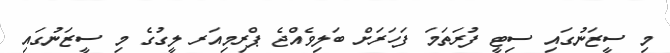
މި ސީޒަނުގައި ސިޓީ ފުރަތަމަ ފަހަރަށް ބަލިވެއްޖެ ޕްރިމިއަރ ލީގުގެ މި ސީޒަނުގައި